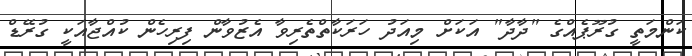
ކަންމަތީ ގުރޫޕެއްގެ "ދާދާ" އަކަށް މިއަދު ހަރަކާތްތެރިވާ އެޒުވާން ފިރިހެން ކުއްޖާއަކީ ގުރޭޑް